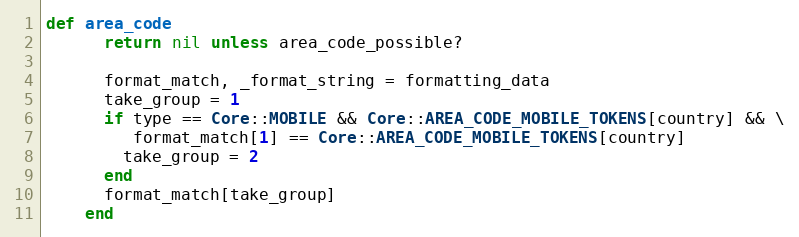
Language: Ruby
def area_code
      return nil unless area_code_possible?

      format_match, _format_string = formatting_data
      take_group = 1
      if type == Core::MOBILE && Core::AREA_CODE_MOBILE_TOKENS[country] && \
         format_match[1] == Core::AREA_CODE_MOBILE_TOKENS[country]
        take_group = 2
      end
      format_match[take_group]
    end